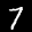
Label: 7